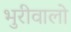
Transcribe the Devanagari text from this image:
भुरीवालो